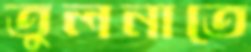
তুলনাতে